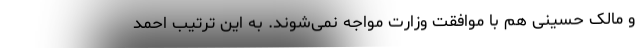
و مالک حسینی هم با موافقت وزارت مواجه نمی‌شوند. به این ترتیب احمد